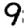
Digit: 9